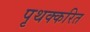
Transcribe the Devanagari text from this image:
पृथक्करित